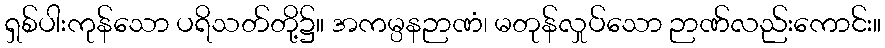
ရှစ်ပါးကုန်သော ပရိသတ်တို့၌။ အကမ္ပနဉာဏံ၊ မတုန်လှုပ်သော ဉာဏ်လည်းကောင်း။